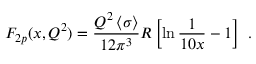
F _ { 2 p } ( x , Q ^ { 2 } ) = { \frac { Q ^ { 2 } \left< \sigma \right> } { 1 2 \pi ^ { 3 } } } R \left[ \ln { \frac { 1 } { 1 0 x } } - 1 \right] \ .